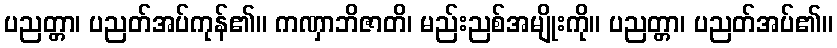
ပညတ္တာ၊ ပညတ်အပ်ကုန်၏။ ကဏှာဘိဇာတိ၊ မည်းညစ်အမျိုးကို။ ပညတ္တာ၊ ပညတ်အပ်၏။